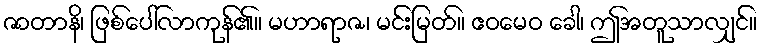
ဇာတာနိ၊ ဖြစ်ပေါ်လာကုန်၏။ မဟာရာဇ၊ မင်းမြတ်။ ဧဝမေဝ ခေါ၊ ဤအတူသာလျှင်။